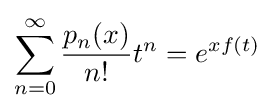
\sum _{n=0}^{\infty }{p_{n}(x) \over n!}t^{n}=e^{xf(t)}